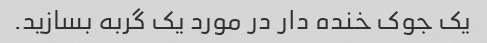
یک جوک خنده دار در مورد یک گربه بسازید.